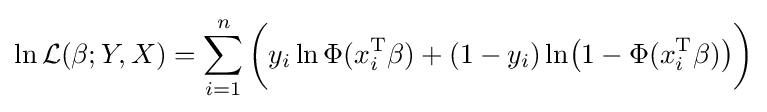
\ln {\mathcal {L}}(\beta ;Y,X)=\sum _{i=1}^{n}{\bigg (}y_{i}\ln \Phi (x_{i}^{\operatorname {T} }\beta )+(1-y_{i})\ln \!{\big (}1-\Phi (x_{i}^{\operatorname {T} }\beta ){\big )}{\bigg )}